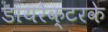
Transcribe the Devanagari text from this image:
डायरेक्टरके